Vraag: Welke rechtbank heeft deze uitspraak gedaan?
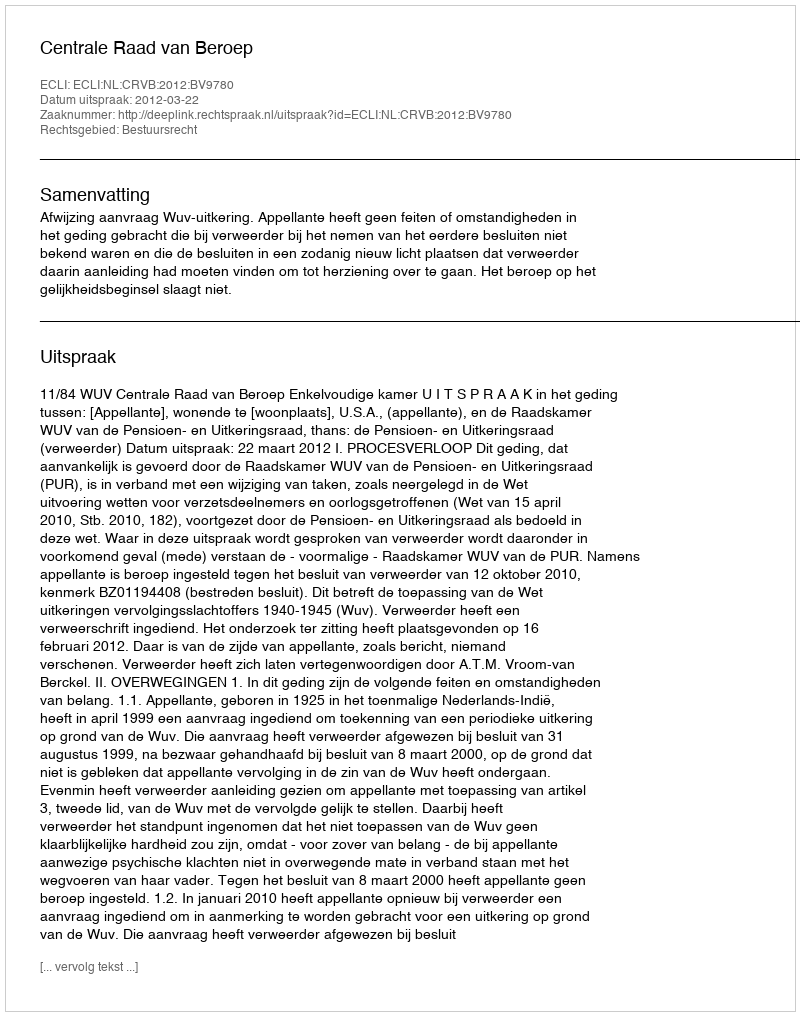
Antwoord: Centrale Raad van Beroep